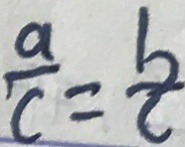
\frac { a } { c } = \frac { b } { c }